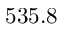
5 3 5 . 8